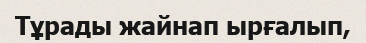
Тұрады жайнап ырғалып,